Jaan_Tonisson_(Lasteleht), lk 445
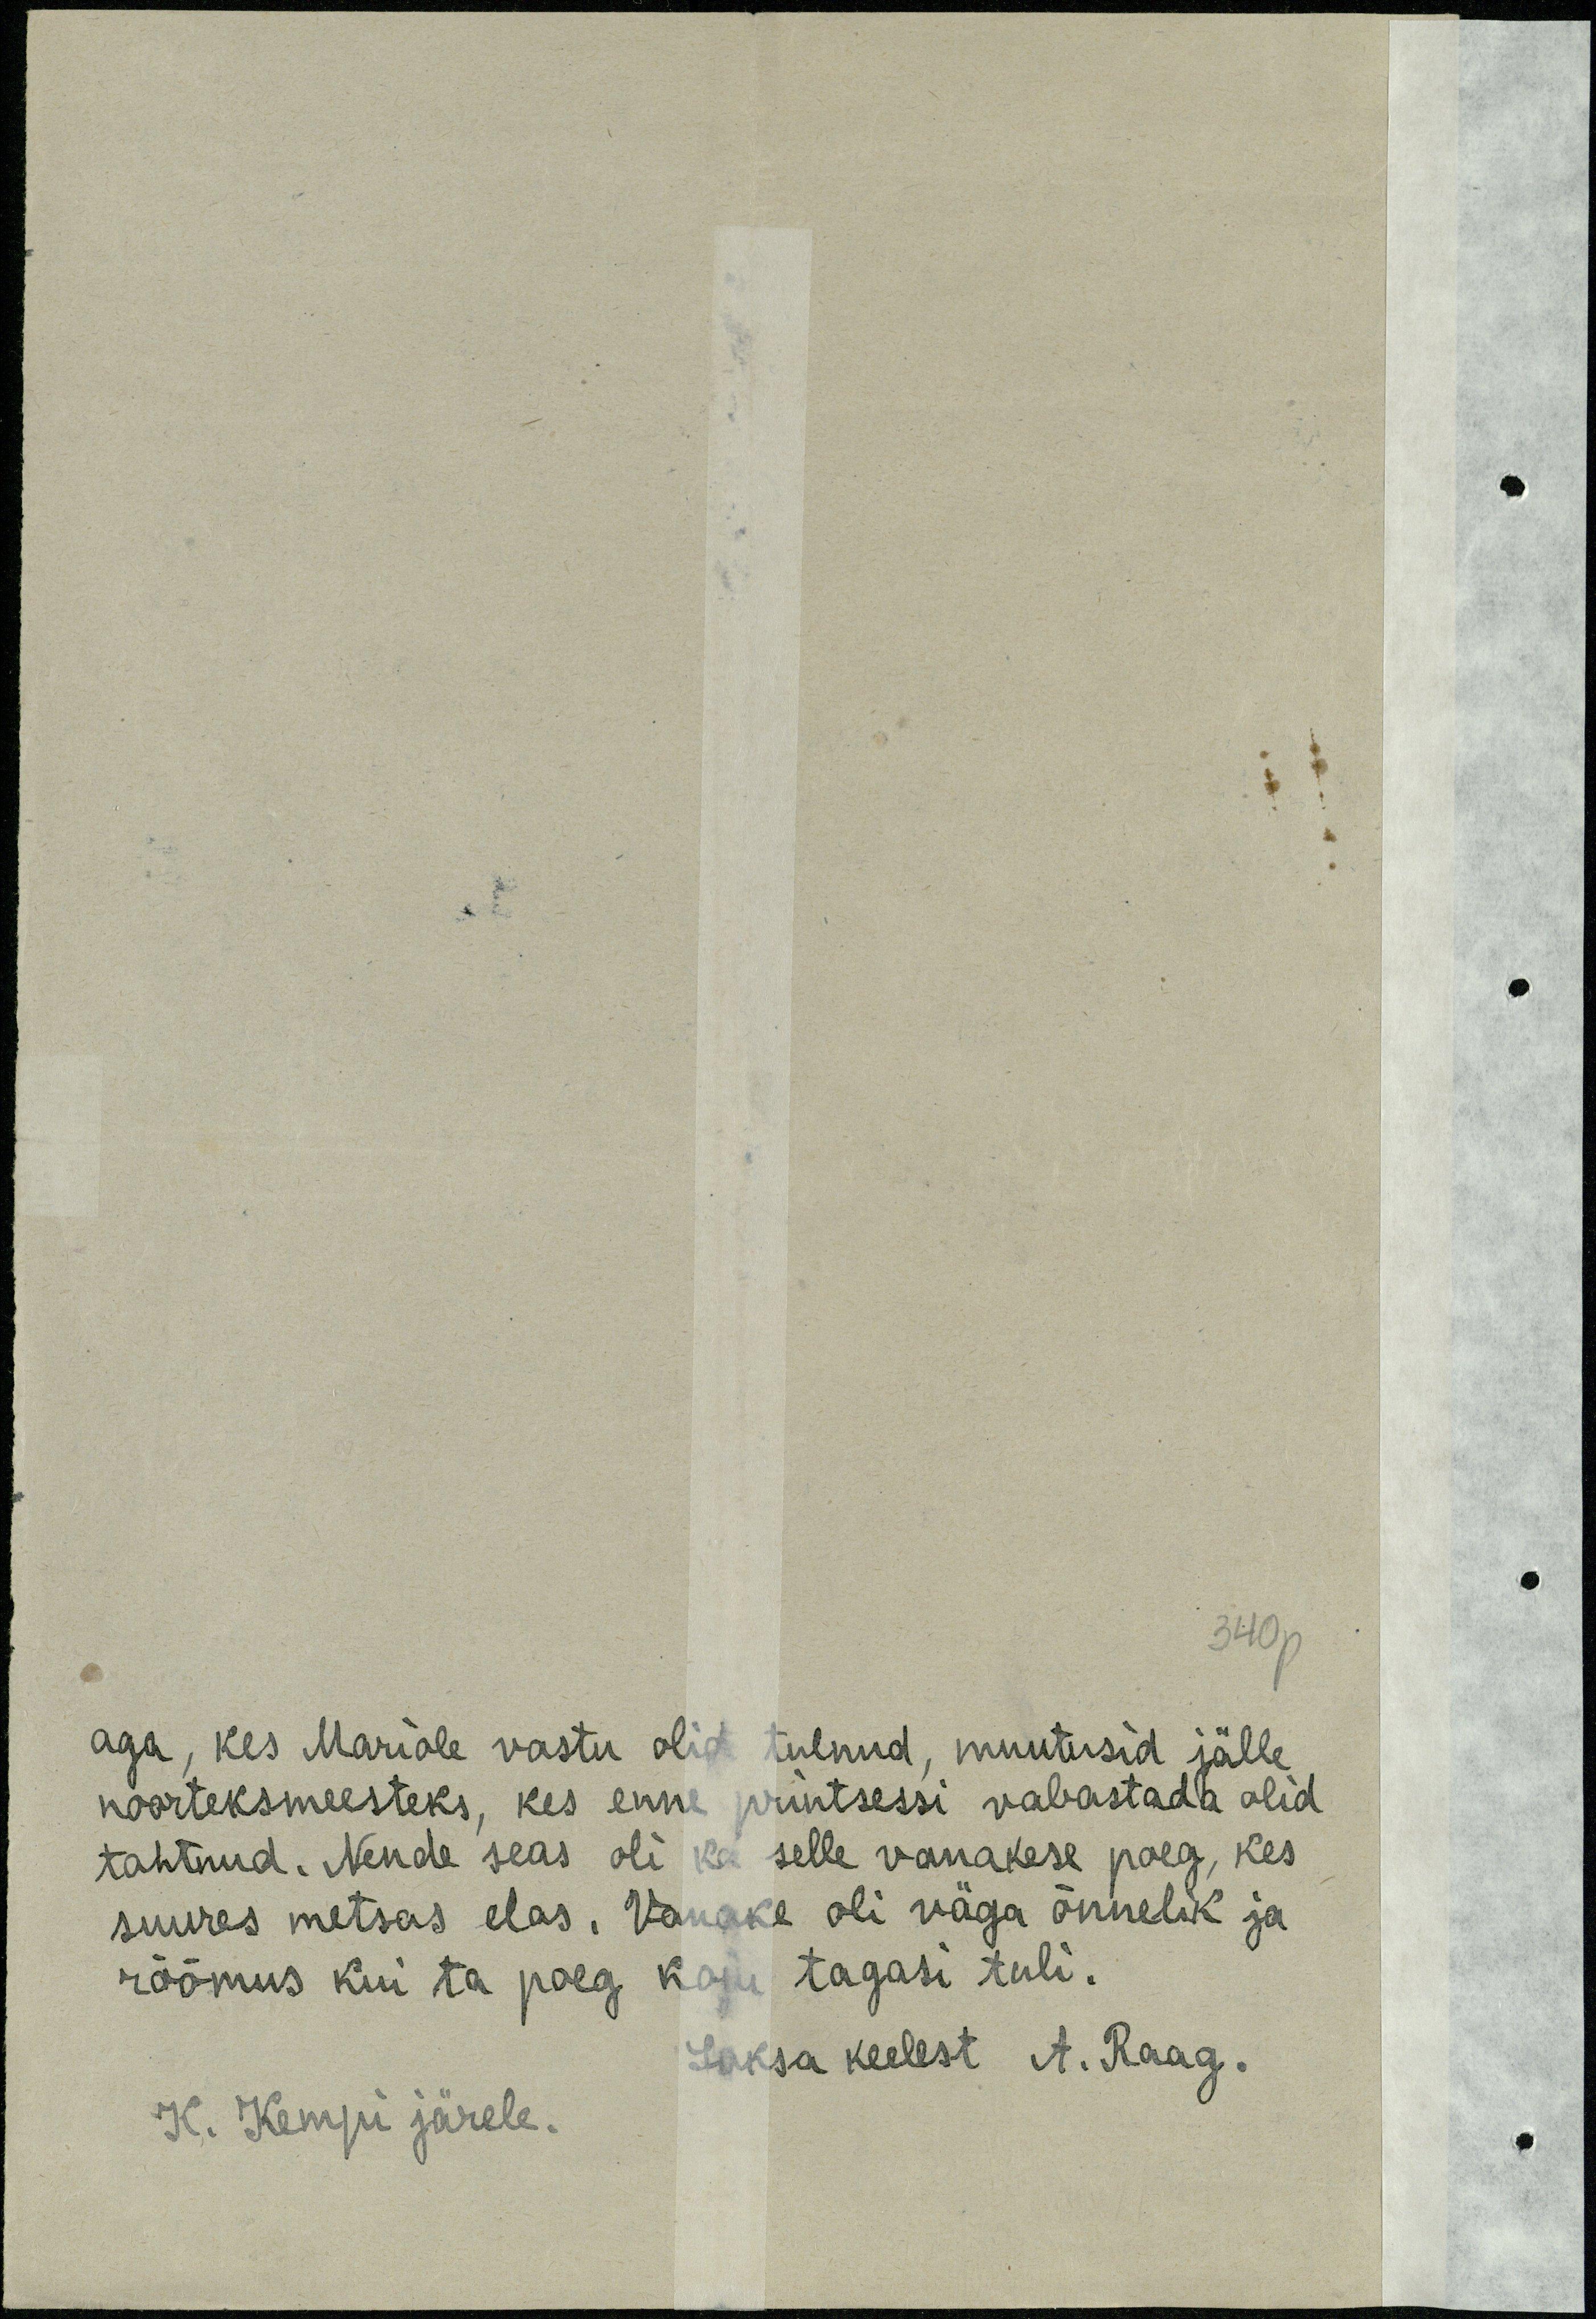
3410p

aga, kes Mariole vastu olid tulnud, muutusid jälle
noorteksmeesteks, kes enne printsessi vabastada olid
tahtnud. Nende seas oli ka selle vanakese poeg, kes
suures metsas elas. Vanake oli väga õnnelik ja
rõõmus kui ta poeg koju tagasi tuli.
Saksa keelest A. Raag.
K. Kempi järele.